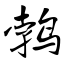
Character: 鹁